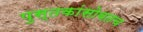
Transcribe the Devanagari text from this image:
पुस्तकांसोबतच